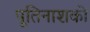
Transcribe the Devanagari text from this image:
पूतिनाशकों